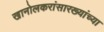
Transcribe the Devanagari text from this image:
खानोलकरांसारख्यांच्या